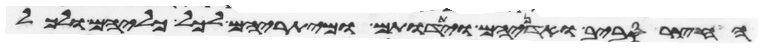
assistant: החצר סביב ואדניהם ויתדתם ומיתריהם לכל כליהם ולכל